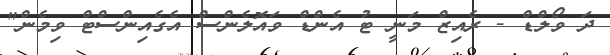
ދަ ވޯލްޑް - ރެއިޒް މަނީ ޓު އެންޑް ވައޮލެންސް އެގެއިންސްޓް ވިމެން"